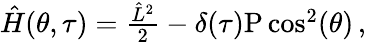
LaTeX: \begin{array}{r}{\hat{H}(\theta,\tau)=\frac{\hat{L}^{2}}{2}-\delta(\tau)\mathrm{P}\cos^{2}(\theta)\, ,}\end{array}